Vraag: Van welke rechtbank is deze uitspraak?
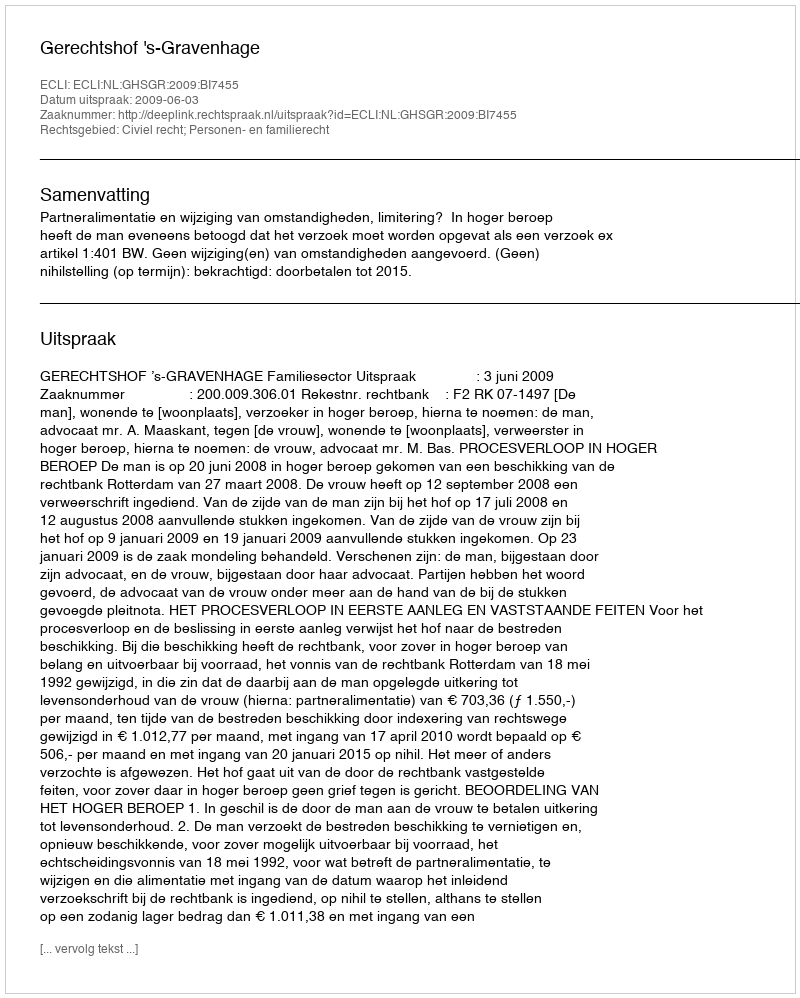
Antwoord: Gerechtshof 's-Gravenhage